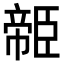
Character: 𦣭